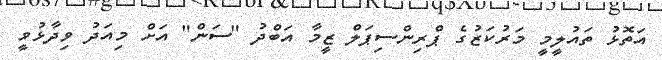
އަތޮޅު ތައުލީމީ މަރުކަޒުގެ ޕްރިންސިޕަލް ޒީމާ އަބްދު "ސަން" އަށް މިއަދު ވިދާޅުވީ